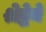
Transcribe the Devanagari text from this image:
श्रेद्धेने